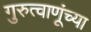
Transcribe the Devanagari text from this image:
गुरुत्वाणूंच्या